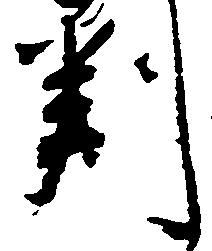
判